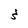
Character: 3